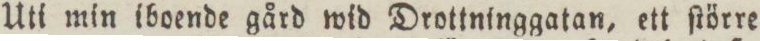
Uti min iboende gård wid Drottninggatan, ett ſtörre